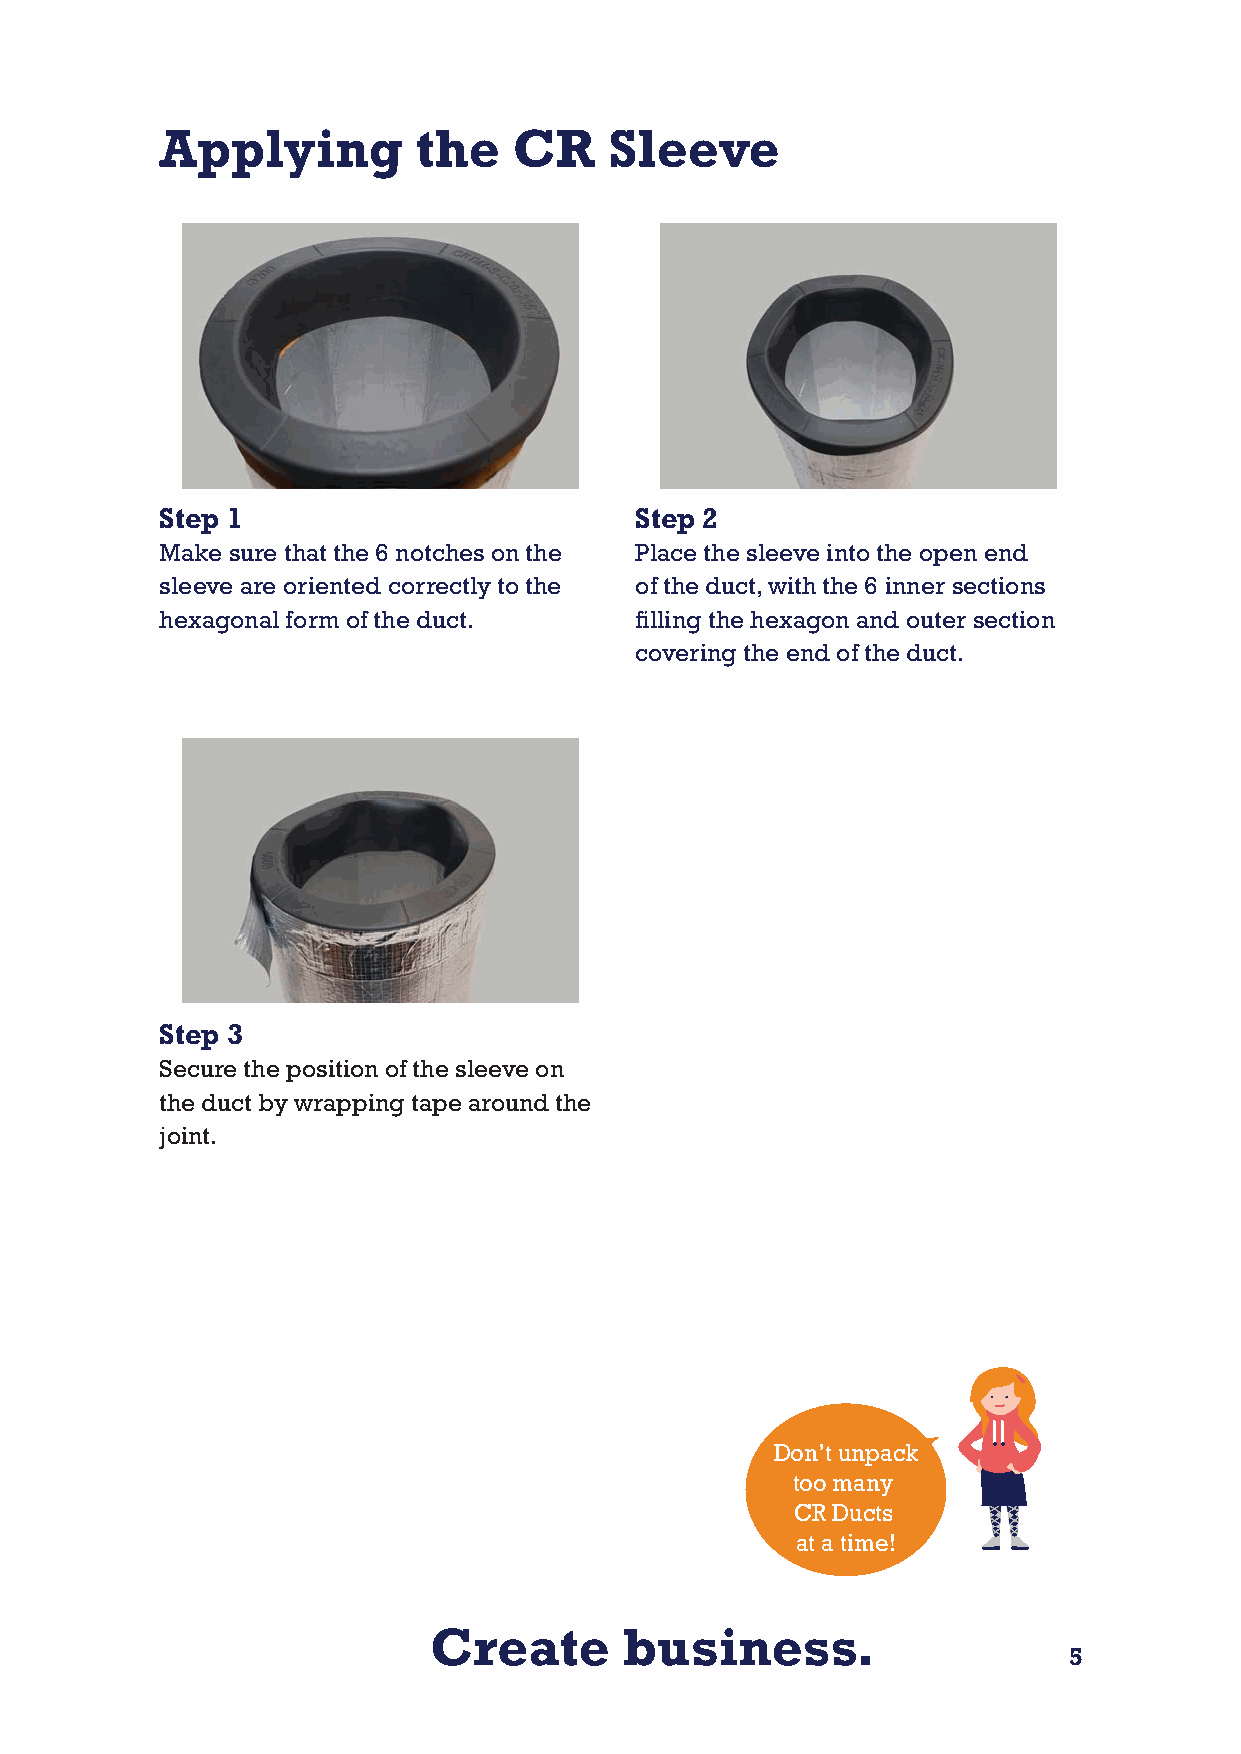
Applying         the   CR    Sleeve
 Step 1                         Step 2
 Make sure that the 6 notches on the Place the sleeve into the open end
 sleeve are oriented correctly to the of the duct, with the 6 inner sections
 hexagonal form of the duct.    filling the hexagon and outer section
 covering the end of the duct.
 Step 3
 Secure the position of the sleeve on
 the duct by wrapping tape around the
 joint.
 Don’t unpack
 too many
 CR Ducts
 at a time!
 Create       business.
 5